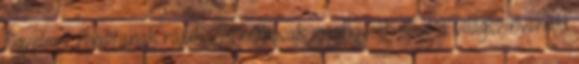
figyelmet fordítanak rájuk. És nemcsak megfigyelik őket a világszínvonalú